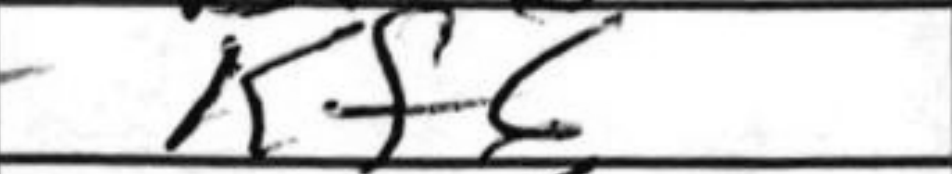
Transcription: Kf6